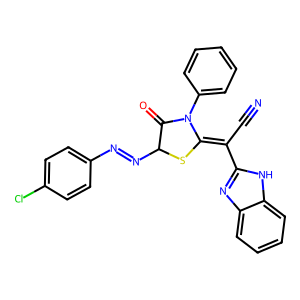
SMILES: N#CC(=C1SC(N=Nc2ccc(Cl)cc2)C(=O)N1c1ccccc1)c1nc2ccccc2[nH]1
Inhibits HIV replication: No